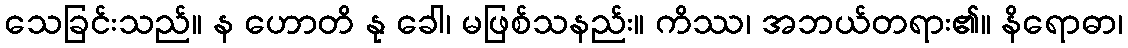
သေခြင်းသည်။ န ဟောတိ နု ခေါ၊ မဖြစ်သနည်း။ ကိဿ၊ အဘယ်တရား၏။ နိရောဓာ၊